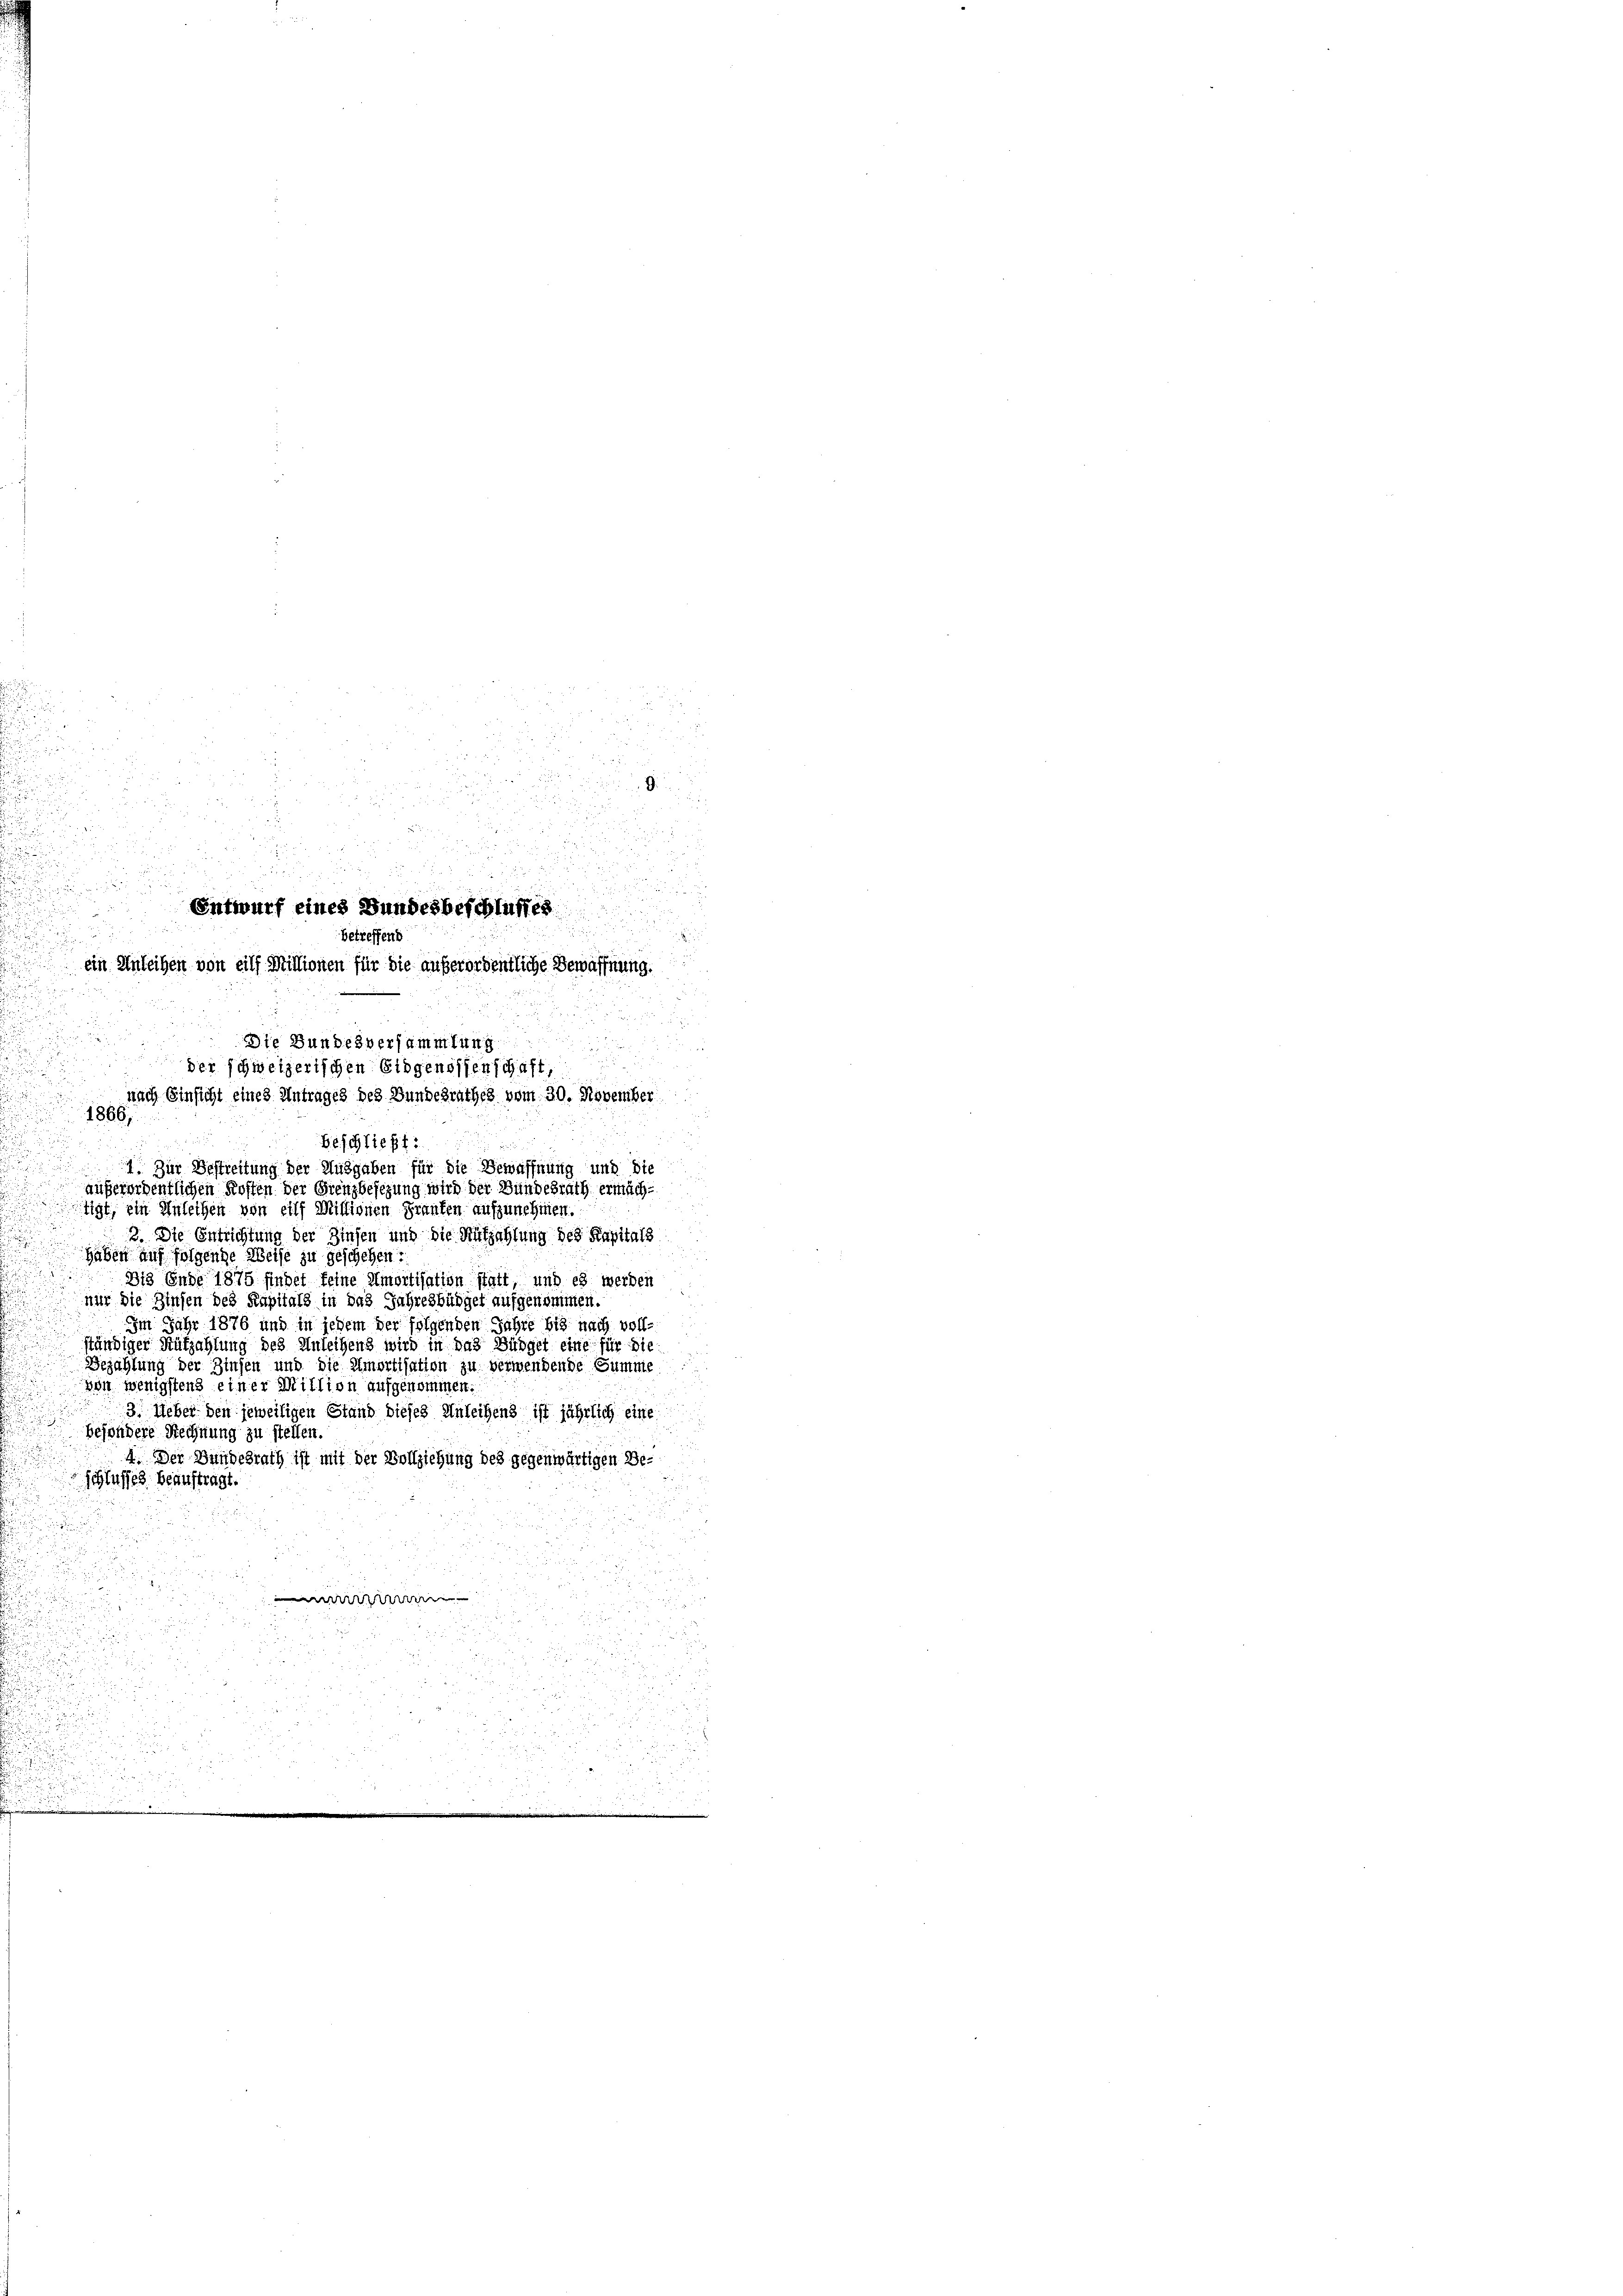
u

i
.
Entwurf eines Bundesbeschlusses

betreffend
ein Anleihen von eilf Millionen für die außerordentliche Bewaffnung.
Die Bundesversammlun

der schweizerischen Eidgenossenschaft,
nach Einsicht eines Antrages des Bundesrathes vom 30. November

emen

d
u
n

1866,

Beschließt:

1. Zur Bestreitung der Ausgaben für die Bewaffnung und die
außerordentlichen Kosten der Grenzbesezung wird der Bundesrath ermächtigt, ein Anleihen von eilf Missionen Franken aufzunehmen.
3. Die Entrichtung der Zinsen und die Nutzahlung des Kapitals
Haben auf folgende Weise zu geschehen:

813 Ende 1875 findet feine Amortisation statt, und es werden
2
nur die Zinsen des Kapitals in das Jahresbüdget aufgenommen.
Im Jahr 1876 und in jedem der folgenden Jahre bis nach voll-
ständiger Aufzahlung des Anleihens wird in das Büdget eine für die
Bezahlung der Zinsen und die Amortisation zu verwendende Summe
von wenigstens einer Million aufgenommen.
3. Ueber den jeweiligen Stand dieses Anleihens ist jährlich eine
besondere Rechnung zu stellen.
4. Der Bundesrath ist mit der Vollziehung des gegenwärtigen Beschlusses Beauftragt
d